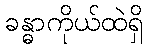
ခန္ဓာကိုယ်ထဲရှိ